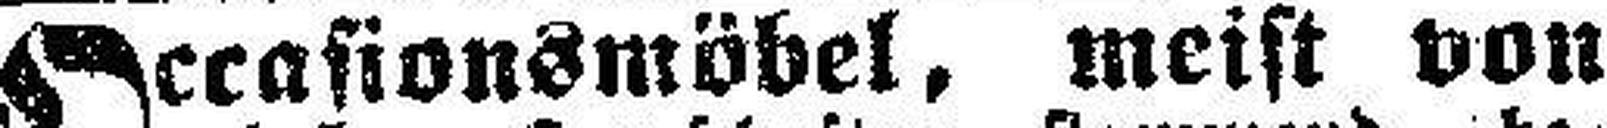
Occasionsmöbel, meist von